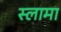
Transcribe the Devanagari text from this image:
स्लामा